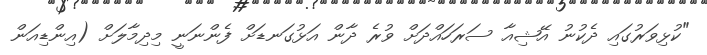
"ކުޅިވަރުގައި ދެކުނު އޭޝިއާ ސަރަހައްދަށް ވުރެ ދާން އަޅުގަނޑަށް ފެންނަނީ މިދިމާލަށް (އިންޑިއަން